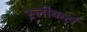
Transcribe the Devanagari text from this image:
स्लीकर्स